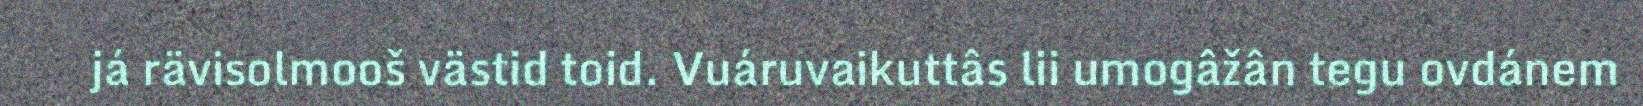
já rävisolmooš västid toid. Vuáruvaikuttâs lii umogâžân tegu ovdánem